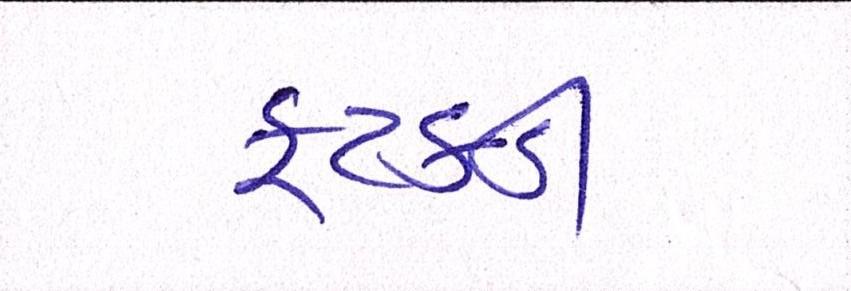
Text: ફટકડી